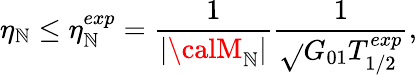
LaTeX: \eta_{\mathbb{N}}\leq\eta_{\mathbb{N}}^{exp}=\frac{{1}}{{|{\calM}_{\mathbb{N}}|}}\frac{{1}}{{\sqrt{}{{G_{01}T_{1/2}^{exp}}}}},